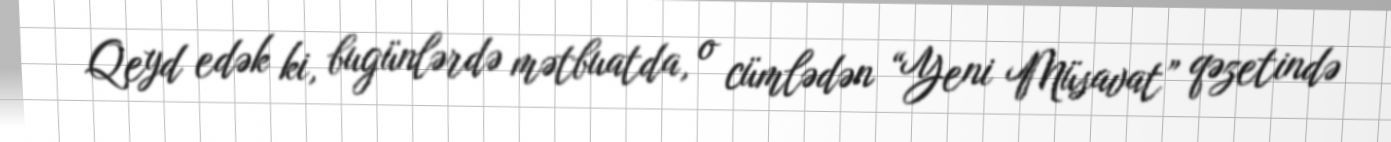
Qeyd edək ki, bugünlərdə mətbuatda, o cümlədən “Yeni Müsavat” qəzetində